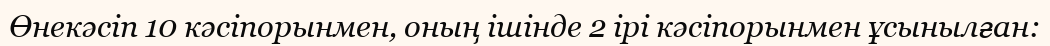
Өнекәсіп 10 кәсіпорынмен, оның ішінде 2 ірі кәсіпорынмен ұсынылған: